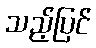
သည့်ပြင်